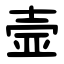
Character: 壸